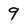
Character: 9